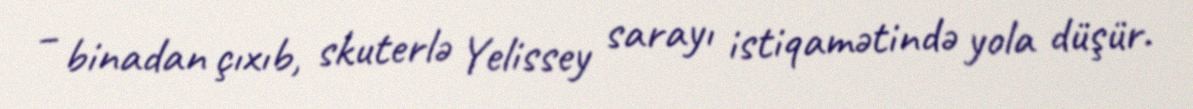
– binadan çıxıb, skuterlə Yelissey sarayı istiqamətində yola düşür.